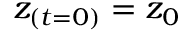
z _ { ( t = 0 ) } = z _ { 0 }